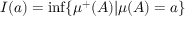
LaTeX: I ( a ) = \operatorname* { i n f } \{ \mu ^ { + } ( A ) | \mu ( A ) = a \}